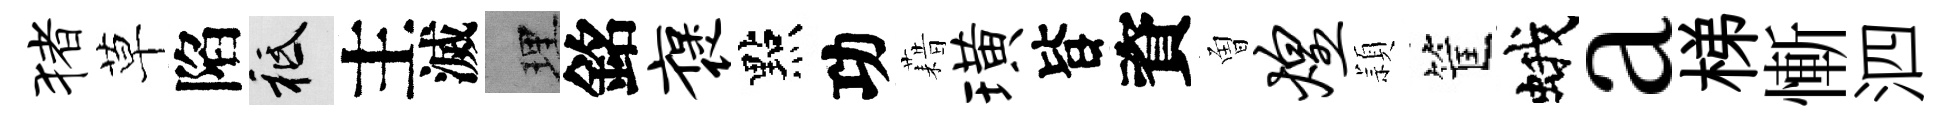
猪草陷祇主滅理銘褒點功藉璜𣅜資曽煌頴筐蛾a梯慚泗